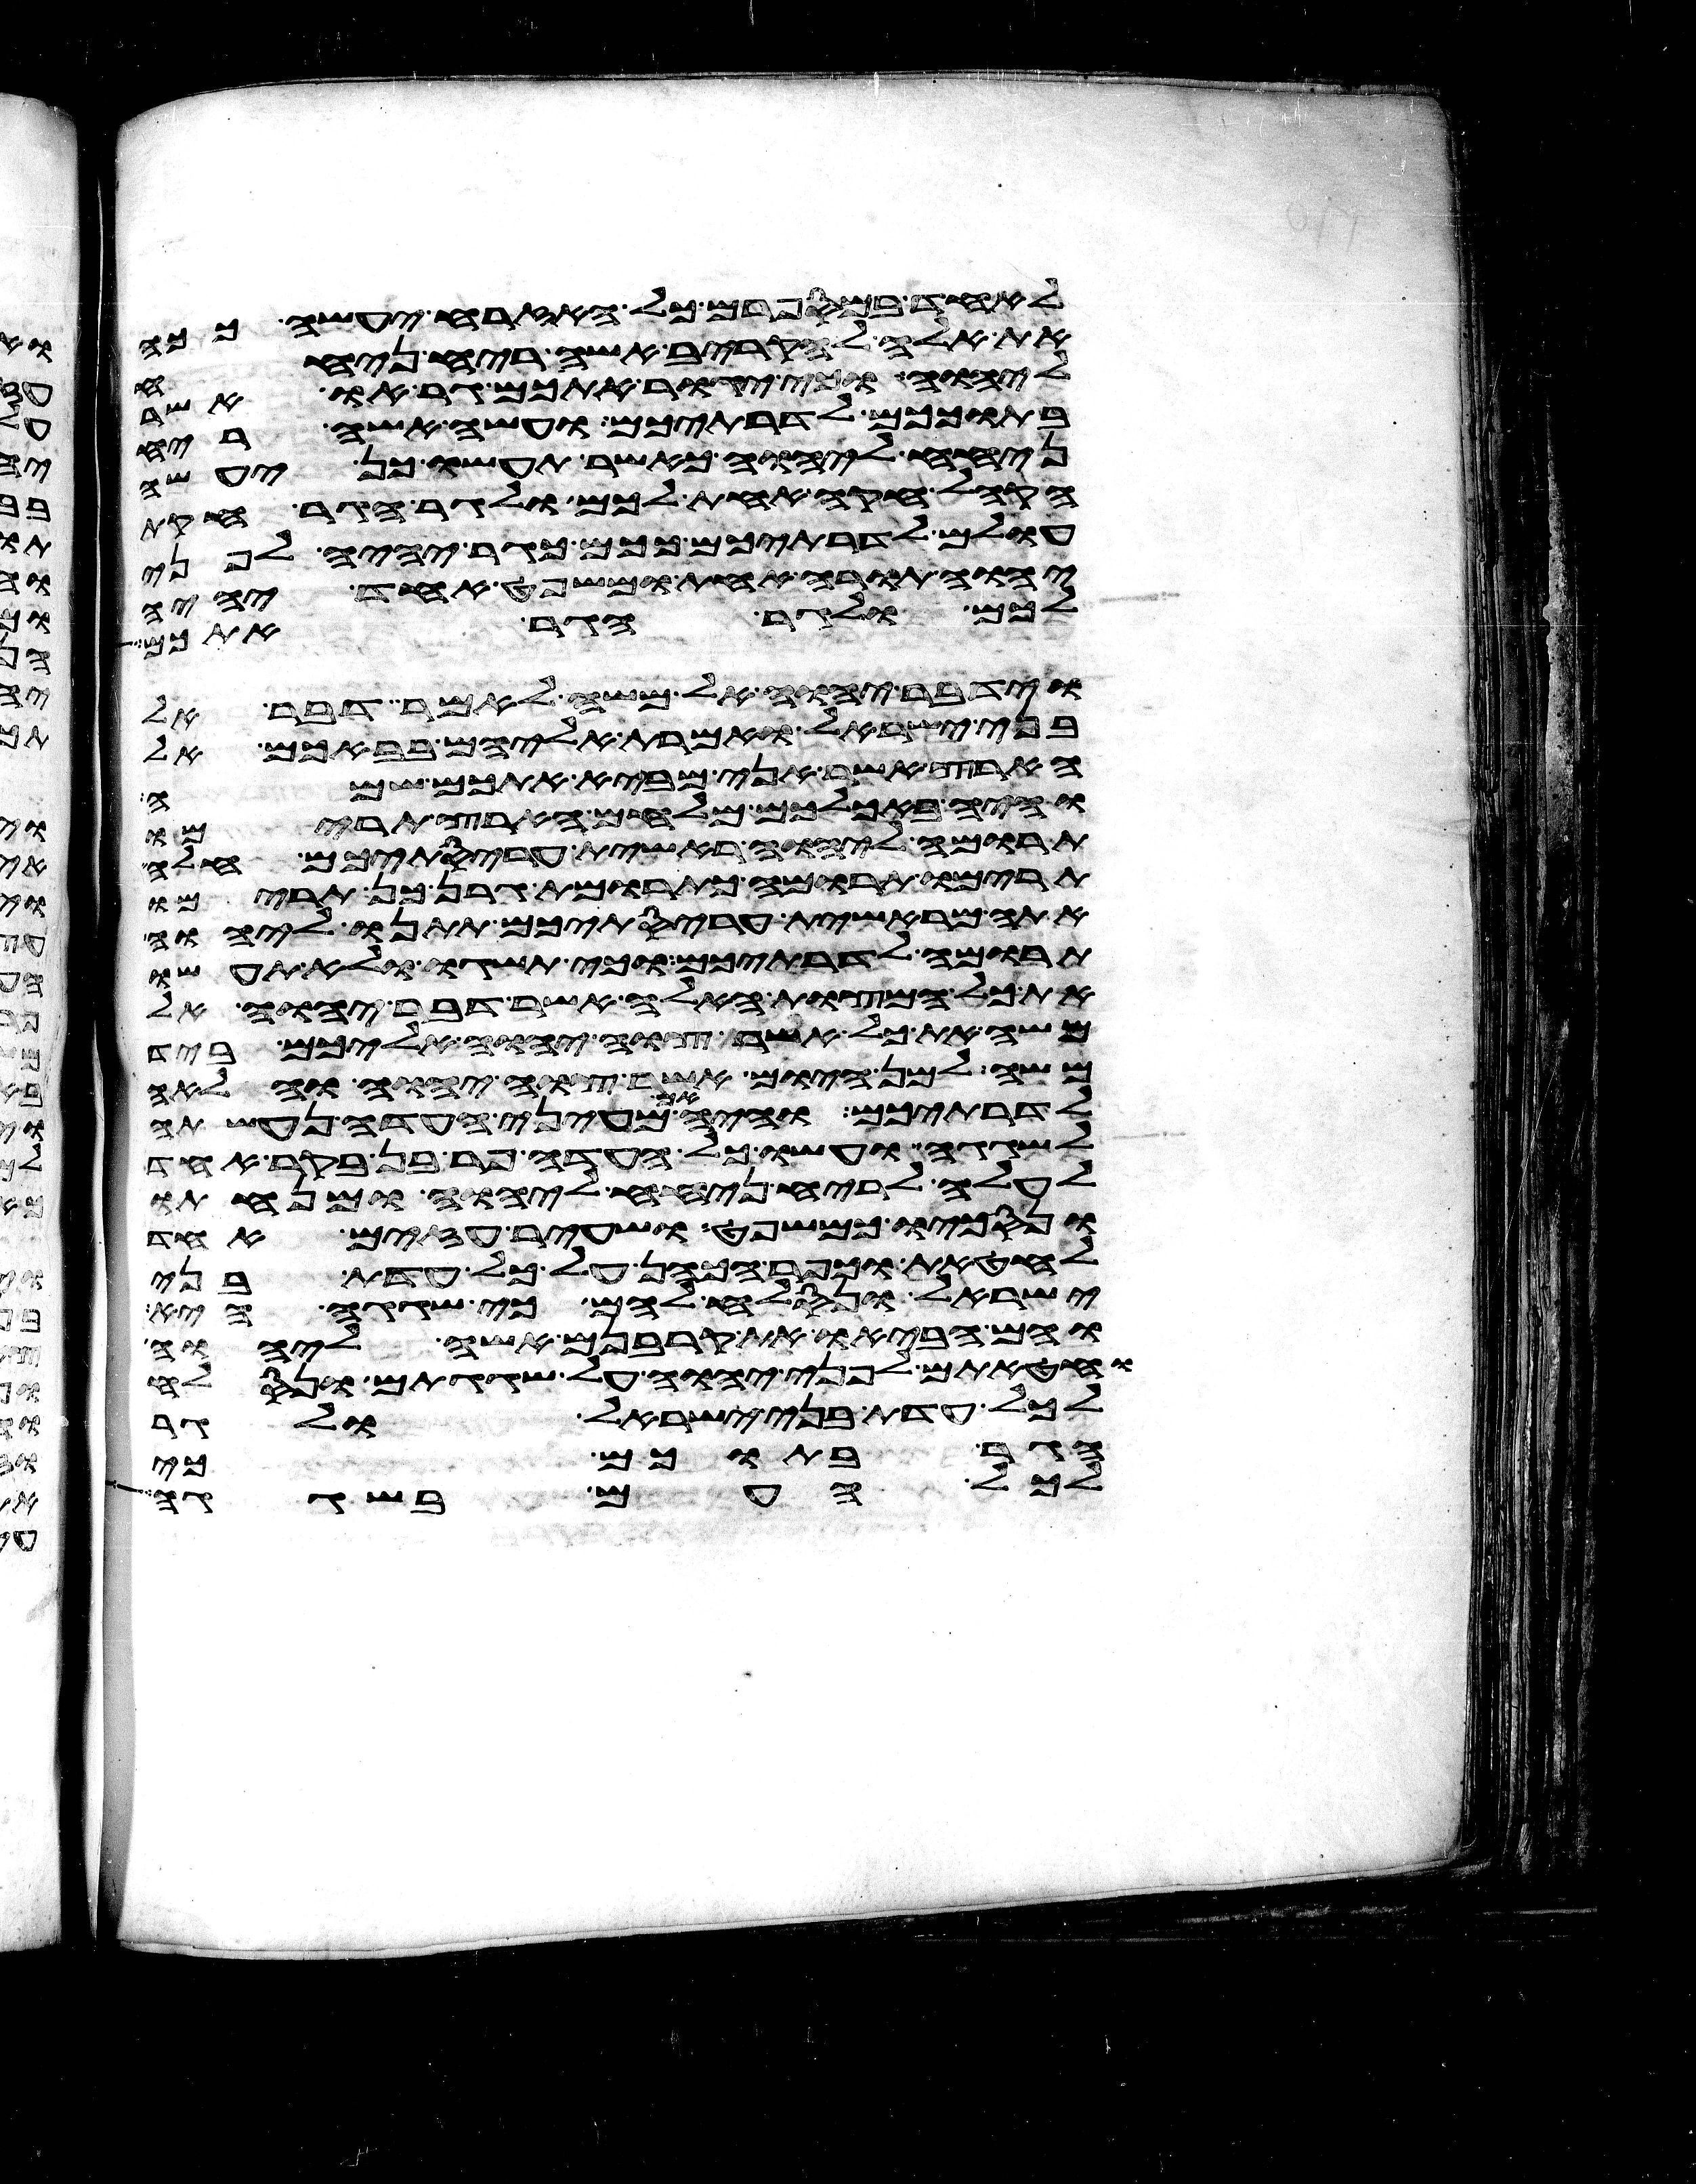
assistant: לאחד במספרם כל האזרח יעשה ככה
את אלה להקריב אשה ריח ניחח
ליהוה וכי יגור אתכם גר או אשר
בתוככם לדרתיכם ועשה אשה ריח
ניחח ליהוה כאשר תעשו כן יעשה
הקהל חקה אחת לכם ולגר הגר חקת
עולם לדרתיכם ככם כגר יהיה לפני
יהוה תורה אחת ומשפט אחד יהיה
לכם ולגר הגר אתכם
וידבר יהוה אל משה לאמר דבר אל
בני ישראל ואמרת אליהם בבאכם אל
הארץ אשר אני מביא אתכם שמה
והיה באכלכם מלחם הארץ תרימו
תרומה ליהוה ראשית עריסתיכם חלה
תרימו תרומה כתרומת גרן כן תרימו
אתה מראשית עריסתיכם תתנו ליהוה
תרומה לדרתיכם וכי תשגו ולא תעשו
את כל המצות האלה אשר דבר יהוה אל
משה את כל אשר צוה יהוה אליכם ביד
משה למן היום אשר צוה יהוה והלאה
לדרתיכם והיה אם מעיני העדה נעשתה
לשגגה ועשו כל העדה פר בן בקר אחד
לעלה לריח ניחח ליהוה ומנחתו
ונסכו כמשפט ושעיר עזים אחד
לחטאת וכפר הכהן על כל עדת בני
ישראל ונסלח להם כי שגגה היא
והם הביאו את קרבנם אשה ליהוה
וחטאתם לפני יהוה על שגגתם ונסלח
לכל עדת בני ישראל ולגר
הגר בתוכם כי
למגדל עדר ויהי בשכן